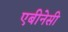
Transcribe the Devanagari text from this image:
एबीनेसी